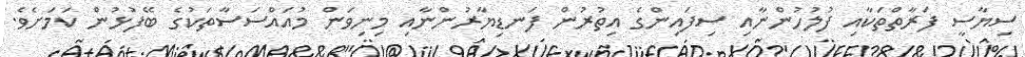
ސިޔާސީ ފަރާތްތަކާއި ފުލުހުންނާއި ސިފައިންގެ އިތުރުން ފަނޑިޔާރުންނާއި މިނިވަން މުއައްސަސާތަކުގެ ބޭފުޅުން ކަމަށެވެ.